Scottish Leaving Certificate Examination, 1957
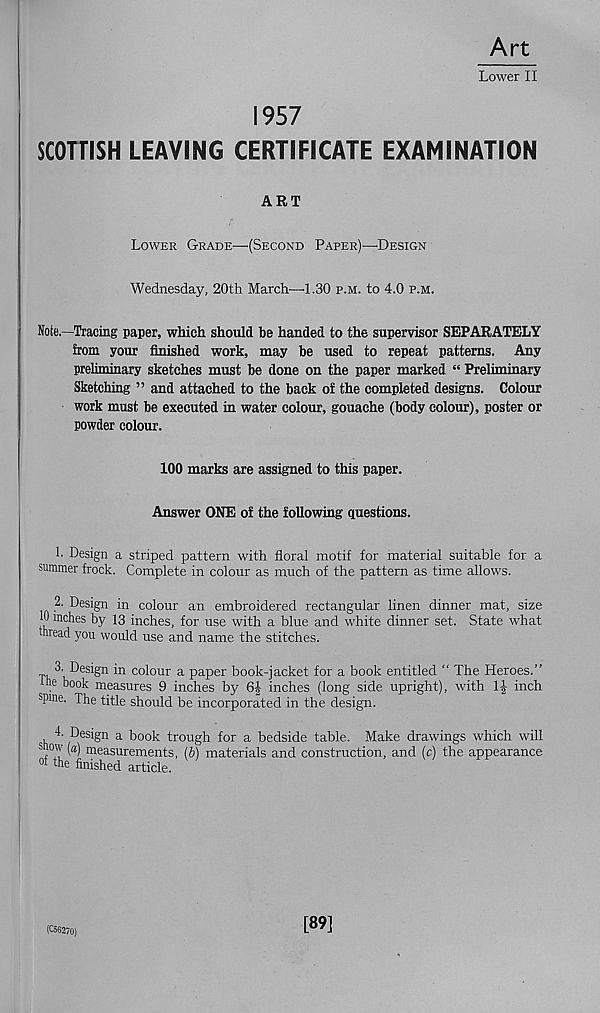
Art
Lower II
1957
SCOTTISH LEAVING CERTIFICATE EXAMINATION
ART
Lower Grade—'(Second Paper)—'Design
Wednesday, 20th March—-1.30 p.m. to 4.0 p.m.
Note.—Tracing paper, which should be handed to the supervisor SEPARATELY
from your finished work, may be used to repeat patterns. Any
preliminary sketches must be done on the paper marked “ Preliminary
Sketching ” and attached to the back of the completed designs. Colour
work must be executed in water colour, gouache (body colour), poster or
powder colour.
100 marks are assigned to this paper.
Answer ONE of the following questions.
1. Design a striped pattern with floral motif for material suitable for a
summer frock. Complete in colour as much of the pattern as time allows.
2. Design in colour an embroidered rectangular linen dinner mat, size
10 inches by 13 inches, for use with a blue and white dinner set. State what
thread you would use and name the stitches.
Th ^ Des *S n i n colour a paper book-jacket for a book entitled " The Heroes.”
he book measures 9 inches by 6| inches (long side upright), with
inch
spine. The title should be incorporated in the design.
L Design a book trough for a bedside table. Make drawings which will
s ow [a) measurements, (b) materials and construction, and (c) the appearance
01 the finished article.
(CS6270)
[89]